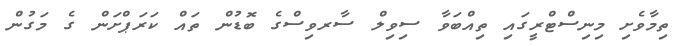
ތިމާވެށި މިނިސްޓްރީގައި ތިއްބަވާ ސިވިލް ސާރވިސްގެ ބޮޑުން ތައް ކަރަޕްށަން ގެ މަގުން